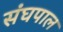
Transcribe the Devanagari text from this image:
संघपाल